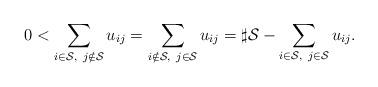
LaTeX: \begin{align*}0<\sum_{i\in\mathcal{S},~j\notin\mathcal{S}}u_{ij} =\sum_{i\notin\mathcal{S},~j\in\mathcal{S}}u_{ij}=\sharp\mathcal{S}-\sum_{i\in\mathcal{S},~j\in\mathcal{S}}u_{ij}.\end{align*}